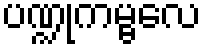
ပဏ္ဍုကမ္ဗလေ